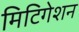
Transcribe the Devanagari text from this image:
मिटिगेशन